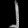
Digit: ၂